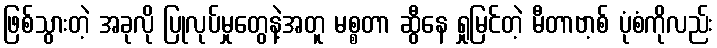
ဖြစ်သွားတဲ့ အခုလို ပြုလုပ်မှုတွေနဲ့အတူ မစ္စတာ ဆွီနေ ရှုမြင်တဲ့ မီတာဗာ့စ် ပုံစံကိုလည်း